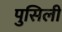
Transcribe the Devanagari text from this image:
पुसिली